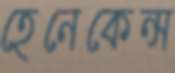
হেনেকেন্স